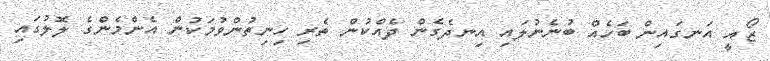
ޒޯއީ އަނގައިން ބަހެއް ބުނެނުލައި އިނދެގެން ދެއްކުން ތެރި ހިނިތުންވުމަކުން އެންމެންގެ ލޮލުގައި